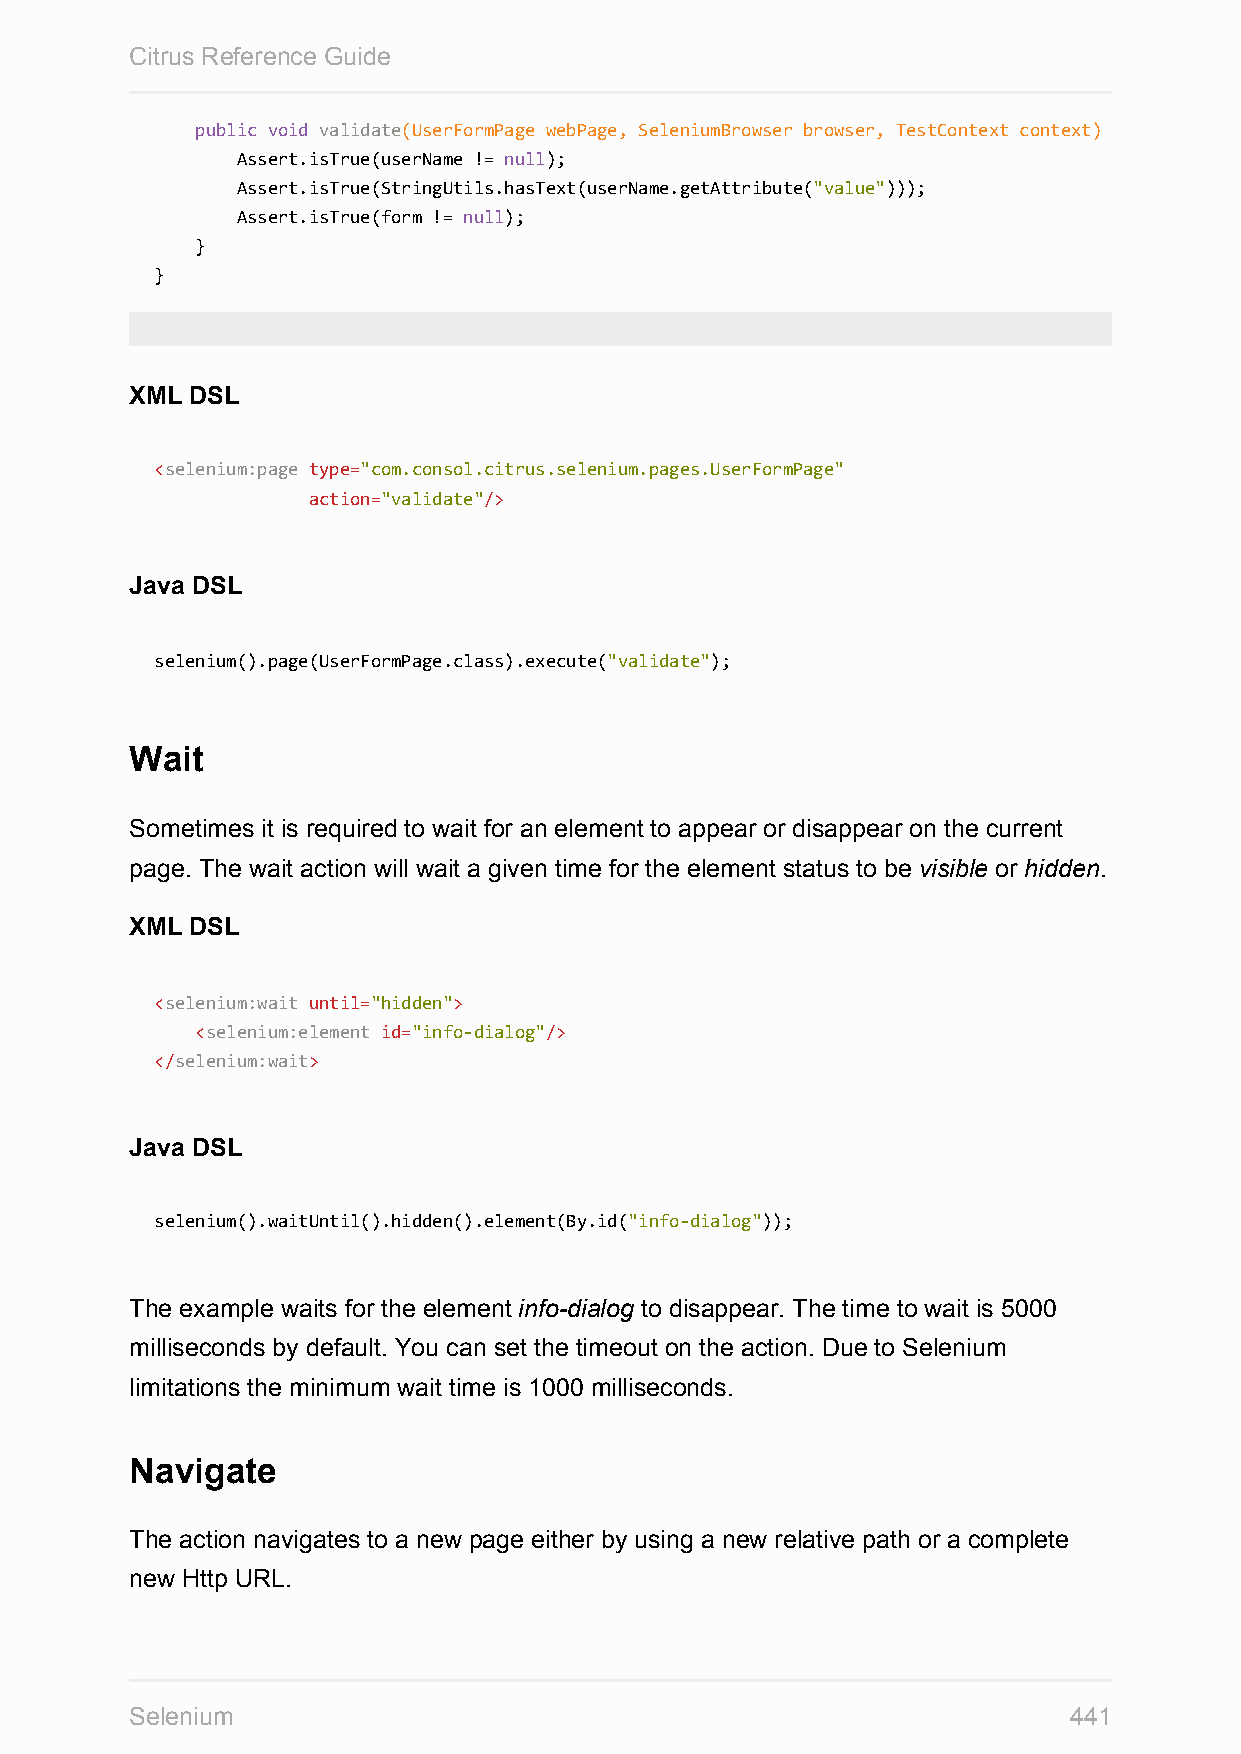
Citrus Reference Guide
 public void validate(UserFormPage webPage, SeleniumBrowser browser, TestContext context)
 Assert.isTrue(userName != null);
 Assert.isTrue(StringUtils.hasText(userName.getAttribute("value")));
 Assert.isTrue(form != null);
 }
 }
 XML DSL
 <selenium:page type="com.consol.citrus.selenium.pages.UserFormPage"
 action="validate"/>
 Java DSL
 selenium().page(UserFormPage.class).execute("validate");
 Wait
 Sometimes it is required to wait for an element to appear or disappear on the current
 page. The wait action will wait a given time for the element status to be visible or hidden.
 XML DSL
 <selenium:wait until="hidden">
 <selenium:element id="info-dialog"/>
 </selenium:wait>
 Java DSL
 selenium().waitUntil().hidden().element(By.id("info-dialog"));
 The example waits for the element info-dialog to disappear. The time to wait is 5000
 milliseconds by default. You can set the timeout on the action. Due to Selenium
 limitations the minimum wait time is 1000 milliseconds.
 Navigate
 The action navigates to a new page either by using a new relative path or a complete
 new Http URL.
 Selenium                                                      441